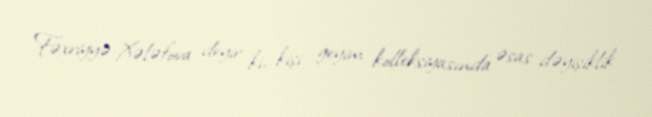
Fəxriyyə Xələfova deyir ki, kişi geyim kolleksiyasında əsas dəyişiklik